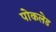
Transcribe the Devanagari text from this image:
पोकलेड